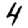
Digit: 4